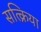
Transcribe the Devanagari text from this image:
सत्क्रिया